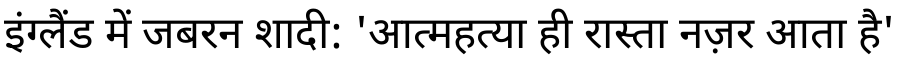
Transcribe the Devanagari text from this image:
इंग्लैंड में जबरन शादी: 'आत्महत्या ही रास्ता नज़र आता है'